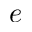
e